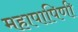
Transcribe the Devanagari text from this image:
महापापिणी